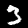
Digit: 3